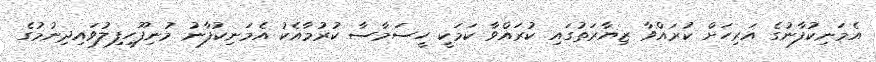
އެމަނިކުފާނުގެ އަރިހަށް ކުރައްވާ ޒިޔާރަތުގައި ކުރައްވާ ކަމަކީ ހީސަމާސާ ކުރުމާއެކު އެމަނިކުފާނު މުނިފޫހިފިލުވައިދިނުމުގެ